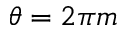
\theta = 2 \pi m